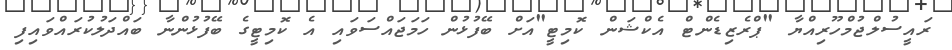
ރައީސުލްޖުމްހޫރިއްޔާ "ޕްރެޒިޑެންޓް އެކްޝަން ކޮމިޓީ"އަށް ބޭފުޅުން ހަމަޖައްސަވައި އެ ކޮމިޓީގެ ބޭފުޅުންނާ ބައްދަލުކުރައްވައިފި